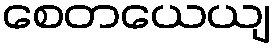
စေတယေယျ